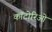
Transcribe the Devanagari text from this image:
कॉटोरिओ